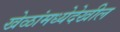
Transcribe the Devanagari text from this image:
खेळांमध्येदेखील